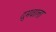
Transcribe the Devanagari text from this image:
दुमवाला